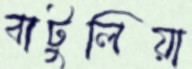
বাটুলিয়া